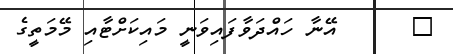
٧      އޭނާ ހައްދަވާފައިވަނީ މައިކަށްޓާއި މޭމަތީގެ